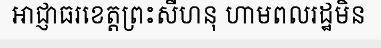
អាជ្ញាធរខេត្តព្រះសីហនុ ហាមពលរដ្ឋមិន